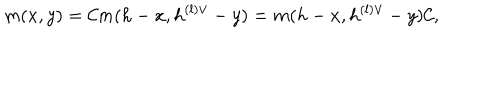
LaTeX: m ( x , y ) = { \cal C } m ( h - x , h ^ { ( l ) \vee } - y ) = m ( h - x , h ^ { ( l ) \vee } - y ) { \cal C } ,